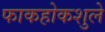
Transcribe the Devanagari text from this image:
फाकहोकशुले